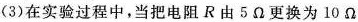
(3)在实验过程中，当把电阻R由5Ω更换为10Ω